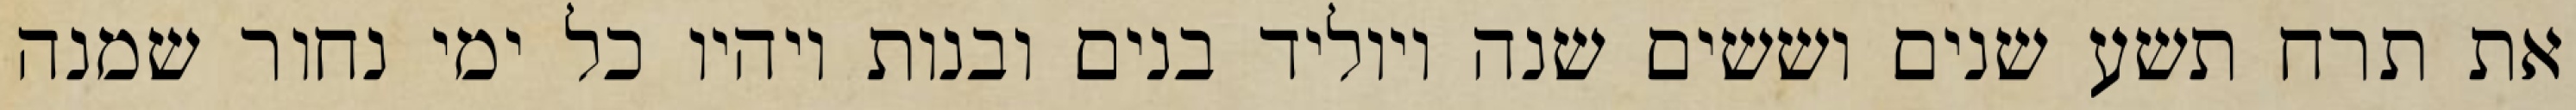
את תרח תשע שנים וששים שנה ויוליד בנים ובנות ויהיו כל ימי נחור שמנה